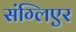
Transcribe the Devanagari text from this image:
संग्लिएर